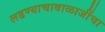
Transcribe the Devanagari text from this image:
लढण्याचाबाळाजींचा